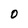
Character: O